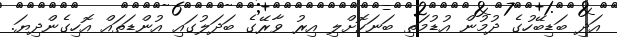
އަދި ބަޑިބޭހުގެ ދުމުން އުޑުމަތި ބަނަކޮށްލި އިރު ވާރޭގެ ބަދަލުގައި އުންޑަތައް އޮހިގެންދިޔަ.